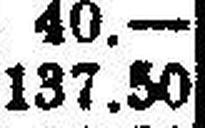
137.50